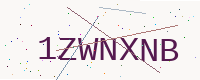
Text: 1ZWNXNB